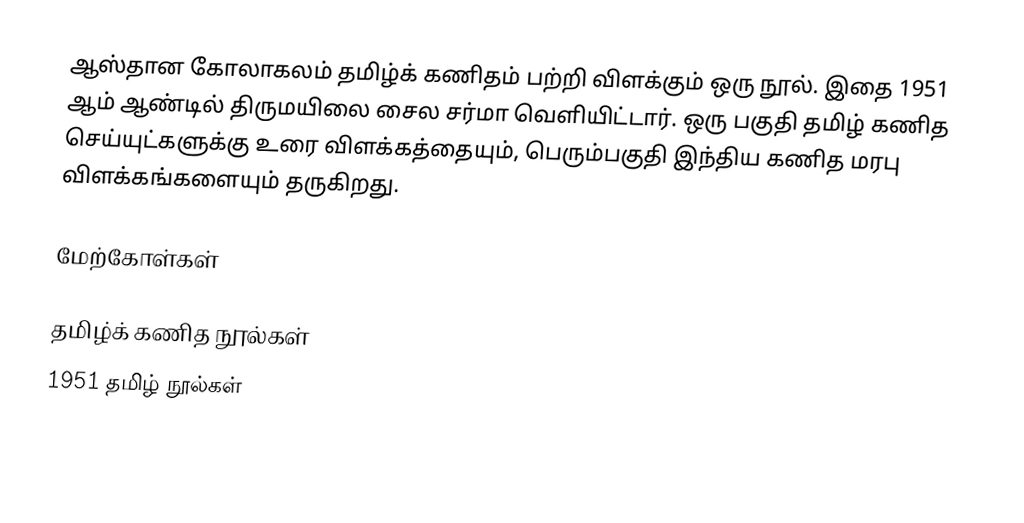
ஆஸ்தான கோலாகலம் தமிழ்க் கணிதம் பற்றி விளக்கும் ஒரு நூல். இதை 1951 ஆம் ஆண்டில் திருமயிலை சைல சர்மா வெளியிட்டார்.  ஒரு பகுதி தமிழ் கணித செய்யுட்களுக்கு உரை விளக்கத்தையும், பெரும்பகுதி இந்திய கணித மரபு விளக்கங்களையும் தருகிறது.

மேற்கோள்கள்

தமிழ்க் கணித நூல்கள்
1951 தமிழ் நூல்கள்